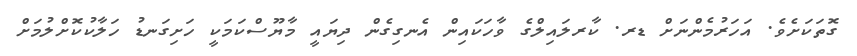
ގޮތަކަށެވެ. އަހަރުމެންނަށް ޑރ. ކާރލައިލްގެ ވާހަކައިން އެނގިގެން ދިޔައީ މާޔޫސްކަމަކީ ހަށިގަނޑު ހަލާކުކޮށްލުމަށް